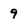
Character: 9